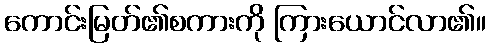
ကောင်းမြတ်၏စကားကို ကြားယောင်လာ၏။